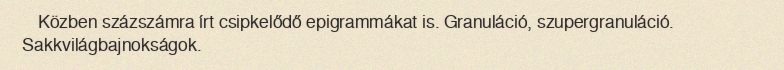
Közben százszámra írt csipkelődő epigrammákat is. Granuláció, szupergranuláció. Sakkvilágbajnokságok.